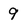
Character: 9